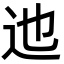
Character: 迆